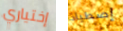
إختياري إصطياد